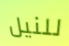
للنيل